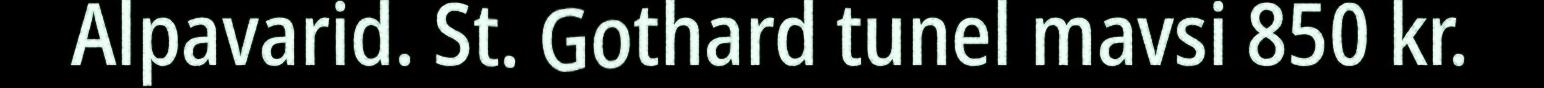
Alpavarid. St. Gothard tunel mavsi 850 kr.